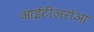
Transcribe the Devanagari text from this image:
आईटीअरोआ